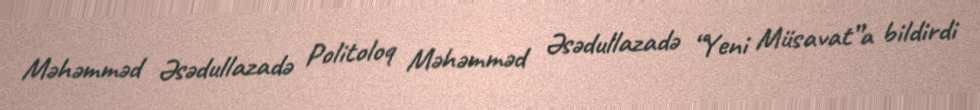
Məhəmməd Əsədullazadə Politoloq Məhəmməd Əsədullazadə “Yeni Müsavat”a bildirdi